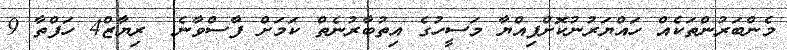
މެންބަރުންތަކެއް ހައްޔަރުނުކޮށްފިއްޔާ މަސީހުގެ އިތުބާރުނެތް ކަމަށް ފާސްވާނެ  ރިޔާޒް4 ހަފްތާ 9